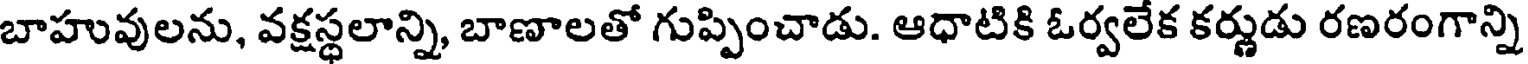
బాహువులను, వక్షస్థలాన్ని, బాణాలతో గుప్పించాడు. ఆధాటికి ఓర్వలేక కర్ణుడు రణరంగాన్ని